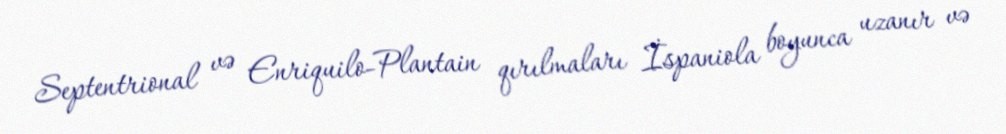
Septentrional və Enriquilo-Plantain qırılmaları İspaniola boyunca uzanır və